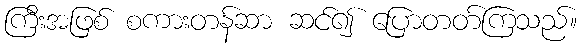
ကြီးအဖြစ် စကားတန်ဆာ ဆင်၍ ပြောတတ်ကြသည်။